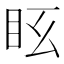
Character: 𥄆